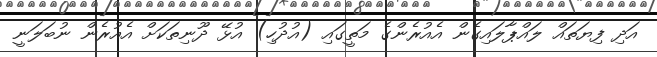
އަދި ފިޔަތައް ލައްޕާލައިގެން އެއުރެންގެ މަތީގައި (އުދުހި) އުޅޭ ދޫނިތަކަށް އެއުރެން ނުބަލަނީ